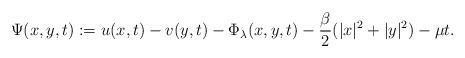
LaTeX: \begin{align*}\Psi(x,y,t) := u(x,t) - v(y,t) - \Phi_\lambda(x,y,t) - \frac{\beta}{2}(|x|^2 + |y|^2) - \mu t.\end{align*}